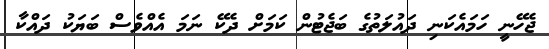
ޖެހޭނީ ހަމައެކަނި ދައުލަތުގެ ބަޖެޓުން ކަމަށް ދެކޭ ނަމަ އެއްވެސް ބަޔަކު ދައްކާ